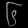
Digit: ၆